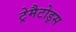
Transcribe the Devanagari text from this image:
ट्रेमैटोड्स